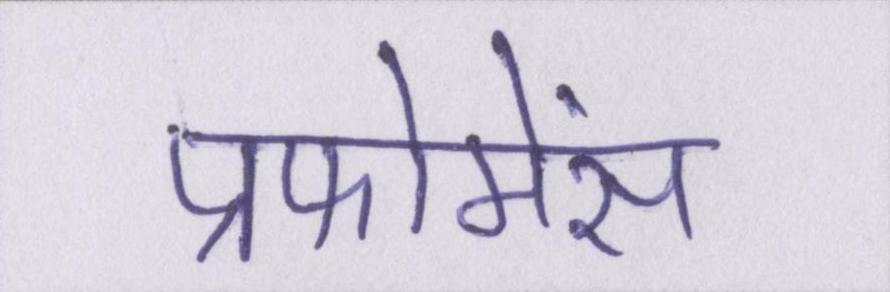
प्रफोमेंस